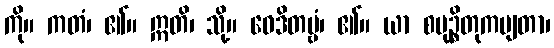
ကို။ ကတံ၊ ၏။ ဣတိ၊ သို့။ ဝေဒိတဗ္ဗံ၊ ၏။ ယာ စမုဉ္စိတုကမျတာ၊